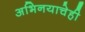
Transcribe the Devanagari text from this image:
अभिनयाचेही